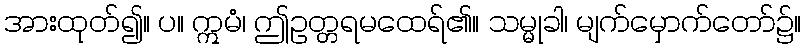
အားထုတ်၍။ ပ။ ဣမံ၊ ဤဥတ္တရမထေရ်၏။ သမ္မုခါ၊ မျက်မှောက်တော်၌။